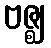
ဗဇ္ဈ